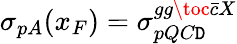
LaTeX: \sigma_{pA}(x_{F})=\sigma_{pQC\mathtt{D}}^{gg\toc\bar{{c}}X}